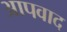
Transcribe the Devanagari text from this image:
आपवाद